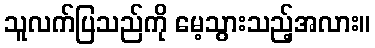
သူလက်ပြသည်ကို မေ့သွားသည့်အလား။